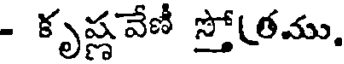
- కృష్ణవేణీ స్తో(తము.